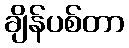
ချိန်ပစ်တာ